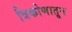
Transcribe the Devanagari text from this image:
त्रिकोणातून